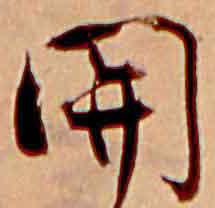
関